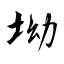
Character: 坳